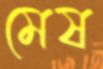
মেষ